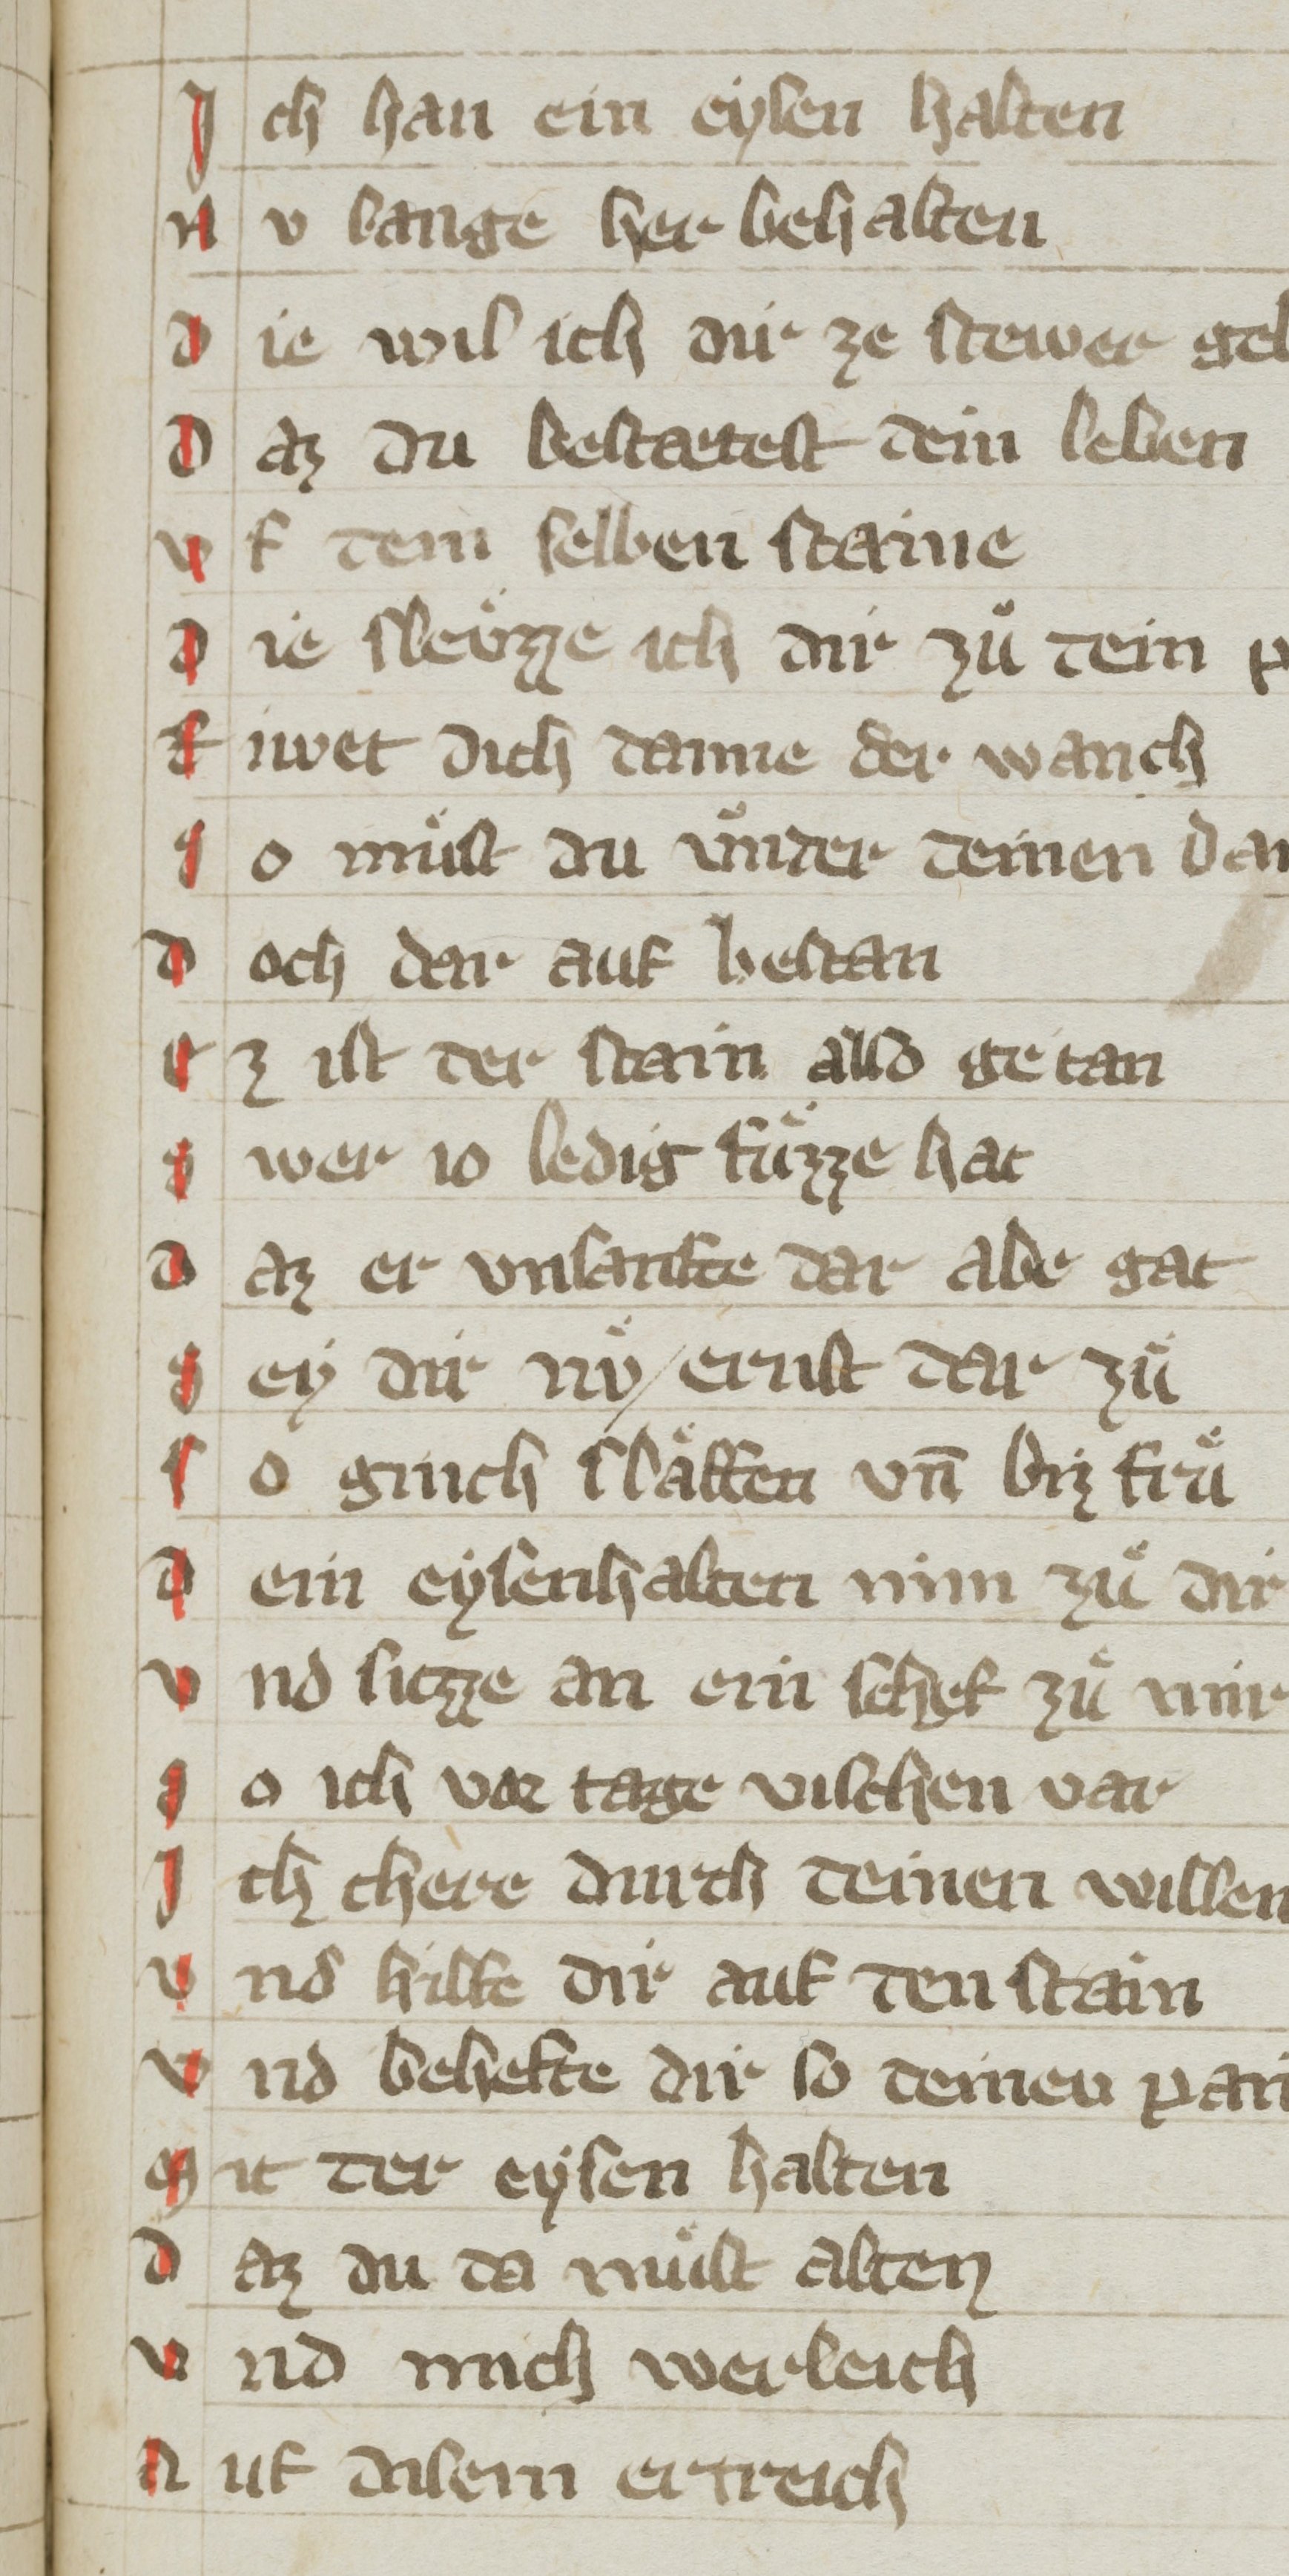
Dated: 1350–1399